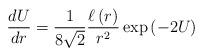
LaTeX: \begin{align*}\frac{dU}{dr}={1\over 8\sqrt{2}}{\ell\left(r\right)\over r^2}\exp\left(-2U\right)\end{align*}